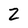
Character: Z